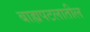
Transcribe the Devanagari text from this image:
बाह्यपटलातील